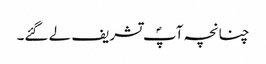
چنانچہ آپؐ تشریف لے گئے۔